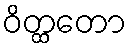
ဝိတ္ထတော